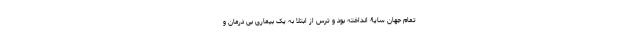
تمام جهان سایۀ انداخته بود و ترس از ابتلا به یک بیماری بی درمان و